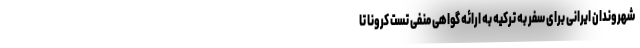
شهروندان ایرانی برای سفر به ترکیه به ارائه گواهی منفی تست کرونا تا